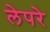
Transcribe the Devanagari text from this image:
लेपरे